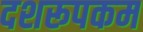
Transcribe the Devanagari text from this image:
दशरूपकम